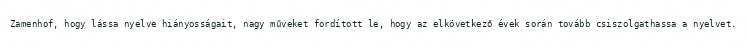
Zamenhof, hogy lássa nyelve hiányosságait, nagy műveket fordított le, hogy az elkövetkező évek során tovább csiszolgathassa a nyelvet.